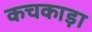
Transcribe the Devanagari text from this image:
कचकाड़ा